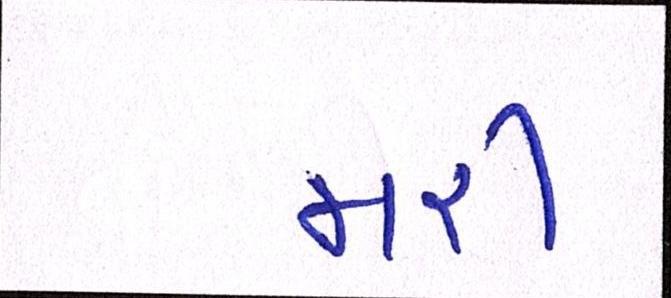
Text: મરી